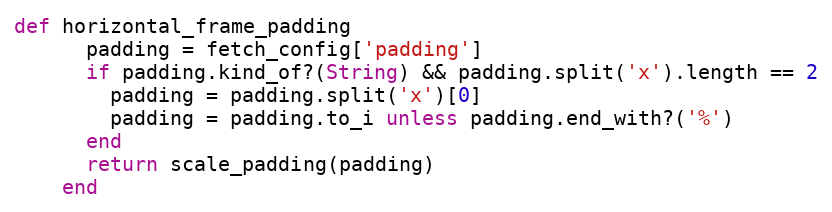
Language: Ruby
def horizontal_frame_padding
      padding = fetch_config['padding']
      if padding.kind_of?(String) && padding.split('x').length == 2
        padding = padding.split('x')[0]
        padding = padding.to_i unless padding.end_with?('%')
      end
      return scale_padding(padding)
    end